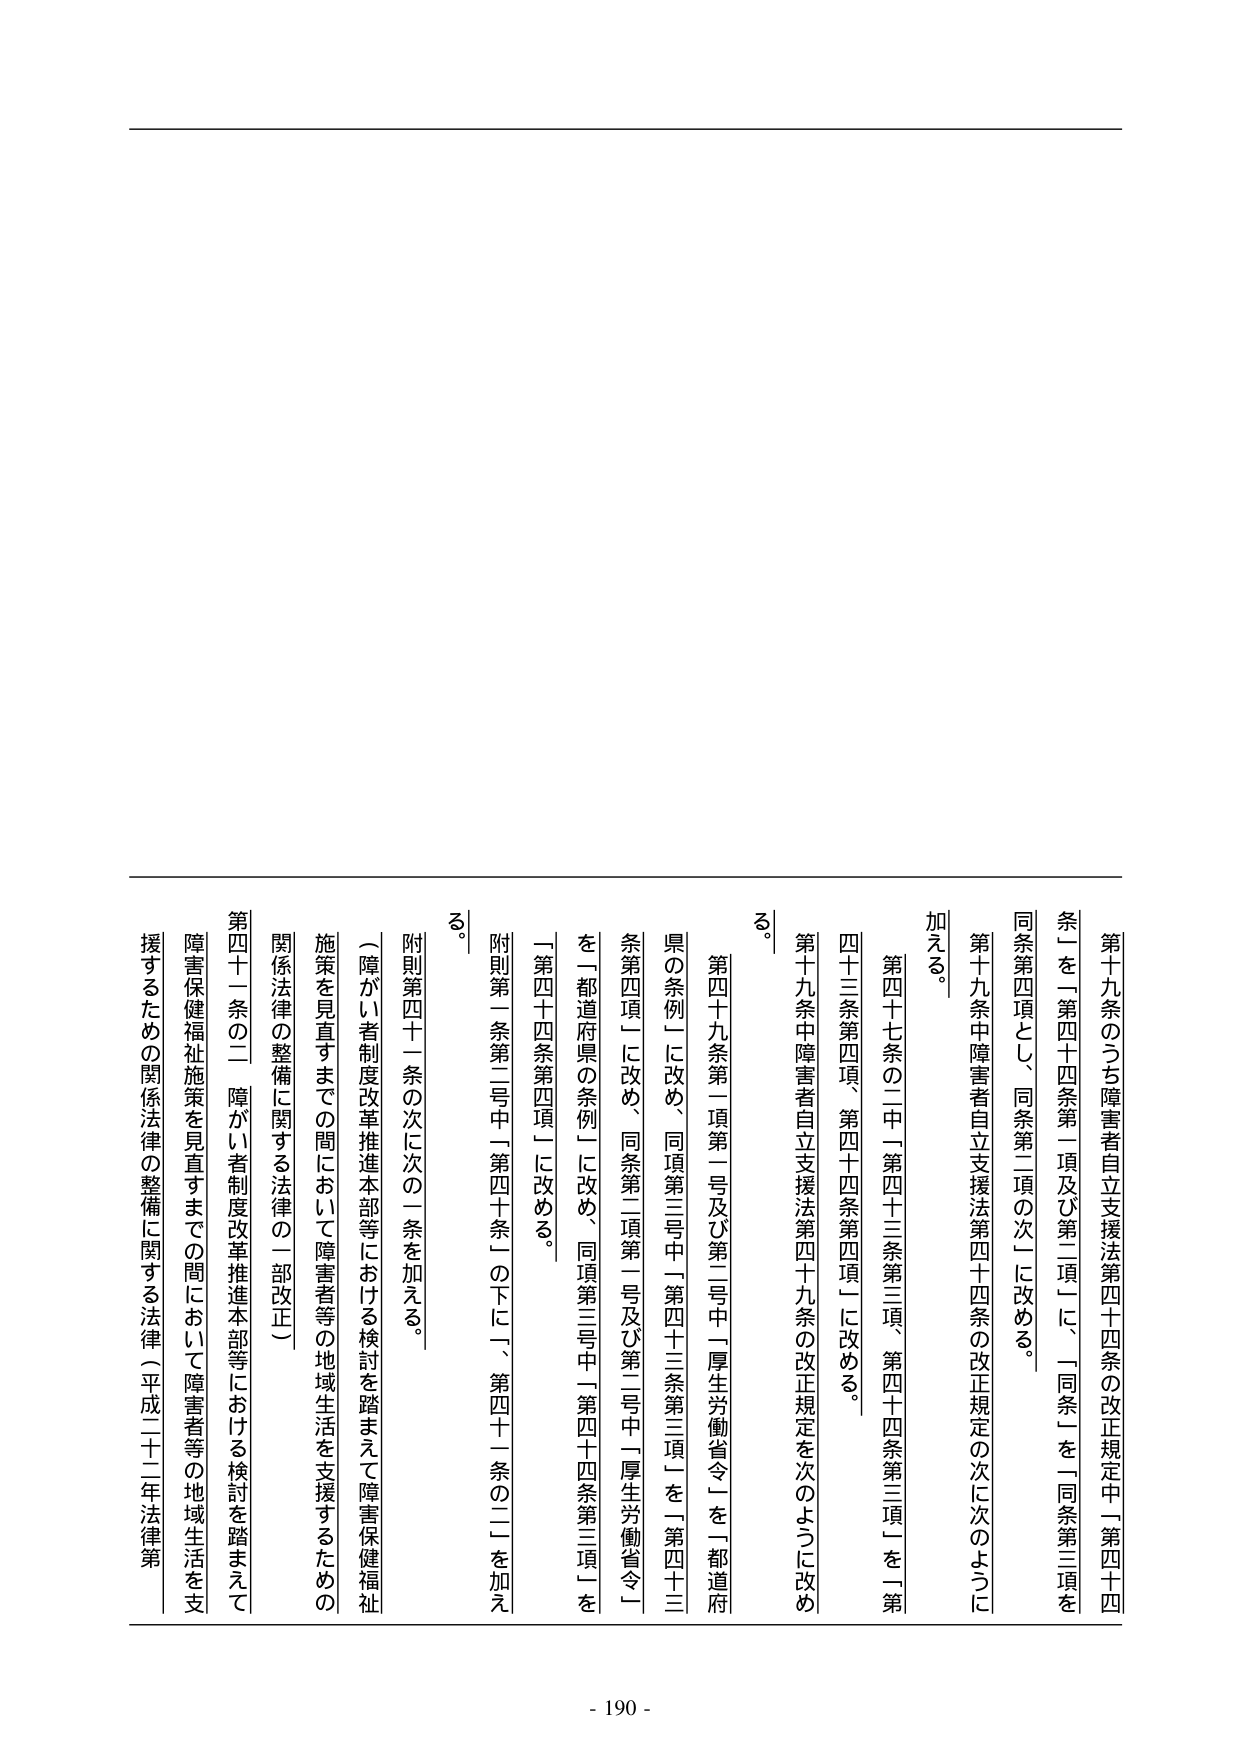
第十九条のうち障害者自立支援法第四十四条の改正規定中「第四十四条」を「第四十四条第一項及び第二項」に、「同条」を「同条第三項を同条第四項とし、同条第二項の次」に改める。

第十九条中障害者自立支援法第四十四条の改正規定の次に次のように加える。

第四十七条の二中「第四十三条第三項、第四十四条第三項」を「第四十三条第四項、第四十四条第四項」に改める。

第十九条中障害者自立支援法第四十九条の改正規定を次のように改める。

第四十九条第一項第一号及び第二号中「厚生労働省令」を「都道府県の条例」に改め、同項第三号中「第四十三条第三項」を「第四十三条第四項」に改め、同条第二項第一号及び第二号中「厚生労働省令」を「都道府県の条例」に改め、同項第三号中「第四十四条第三項」を「第四十四条第四項」に改める。

附則第一条第二号中「第四十条」の下に、「第四十一条の二」を加える。

附則第四十一条の次に次の一条を加える。

（障がい者制度改革推進本部等における検討を踏まえて障害保健福祉施策を見直すまでの間において障害者等の地域生活を支援するための関係法律の整備に関する法律の一部改正）

第四十一条の二 障がい者制度改革推進本部等における検討を踏まえて障害保健福祉施策を見直すまでの間において障害者等の地域生活を支援するための関係法律の整備に関する法律（平成二十二年法律第

- 190 -